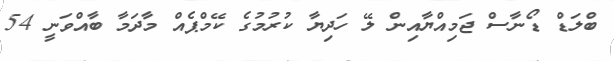
ބްލަޑް ޑޯނާސް ޖަމިއްޔާއިން ލޭ ހަދިޔާ ކުރުމުގެ ކޭމްޕެއް މާދަމާ ބާއްވަނީ 54